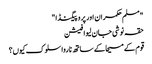
"مسلم حکمران اور پروپیگنڈا "
حقہ نوشی جان لیوا فیشن
قوم کے مسیحا کے ساتھ ناروا سلوک کیوں؟